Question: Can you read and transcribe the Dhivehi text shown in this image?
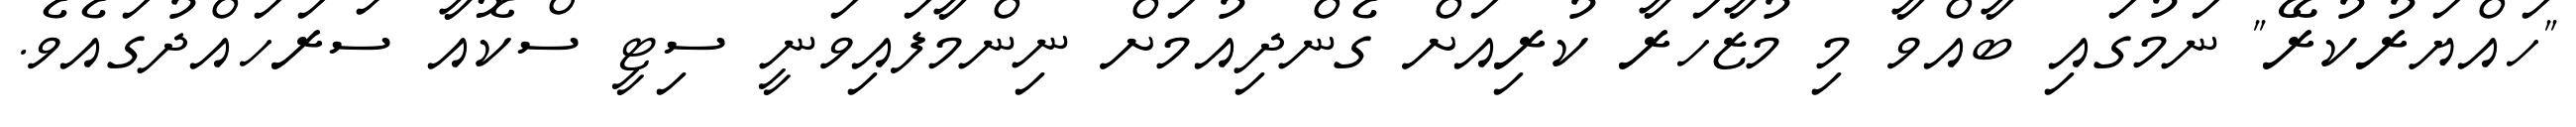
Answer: "ހައްޔަރުކުރޭ" ނަމުގައި ބާއްވާ މި މުޒާހަރާ ކުރިއަށް ގެންދިއުމަށް ނިންމާފައިވަނީ ސިޓީ ސްކޮއާ ސަރަހައްދުގައެވެ.